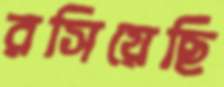
রসিয়েছি